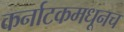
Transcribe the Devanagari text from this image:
कर्नाटकमधूनच